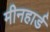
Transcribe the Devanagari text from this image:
मीनहार्ड